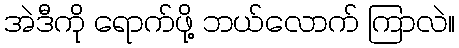
အဲဒီကို ရောက်ဖို့ ဘယ်လောက် ကြာလဲ။